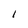
Character: 1